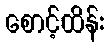
စောင့်ထိန်း